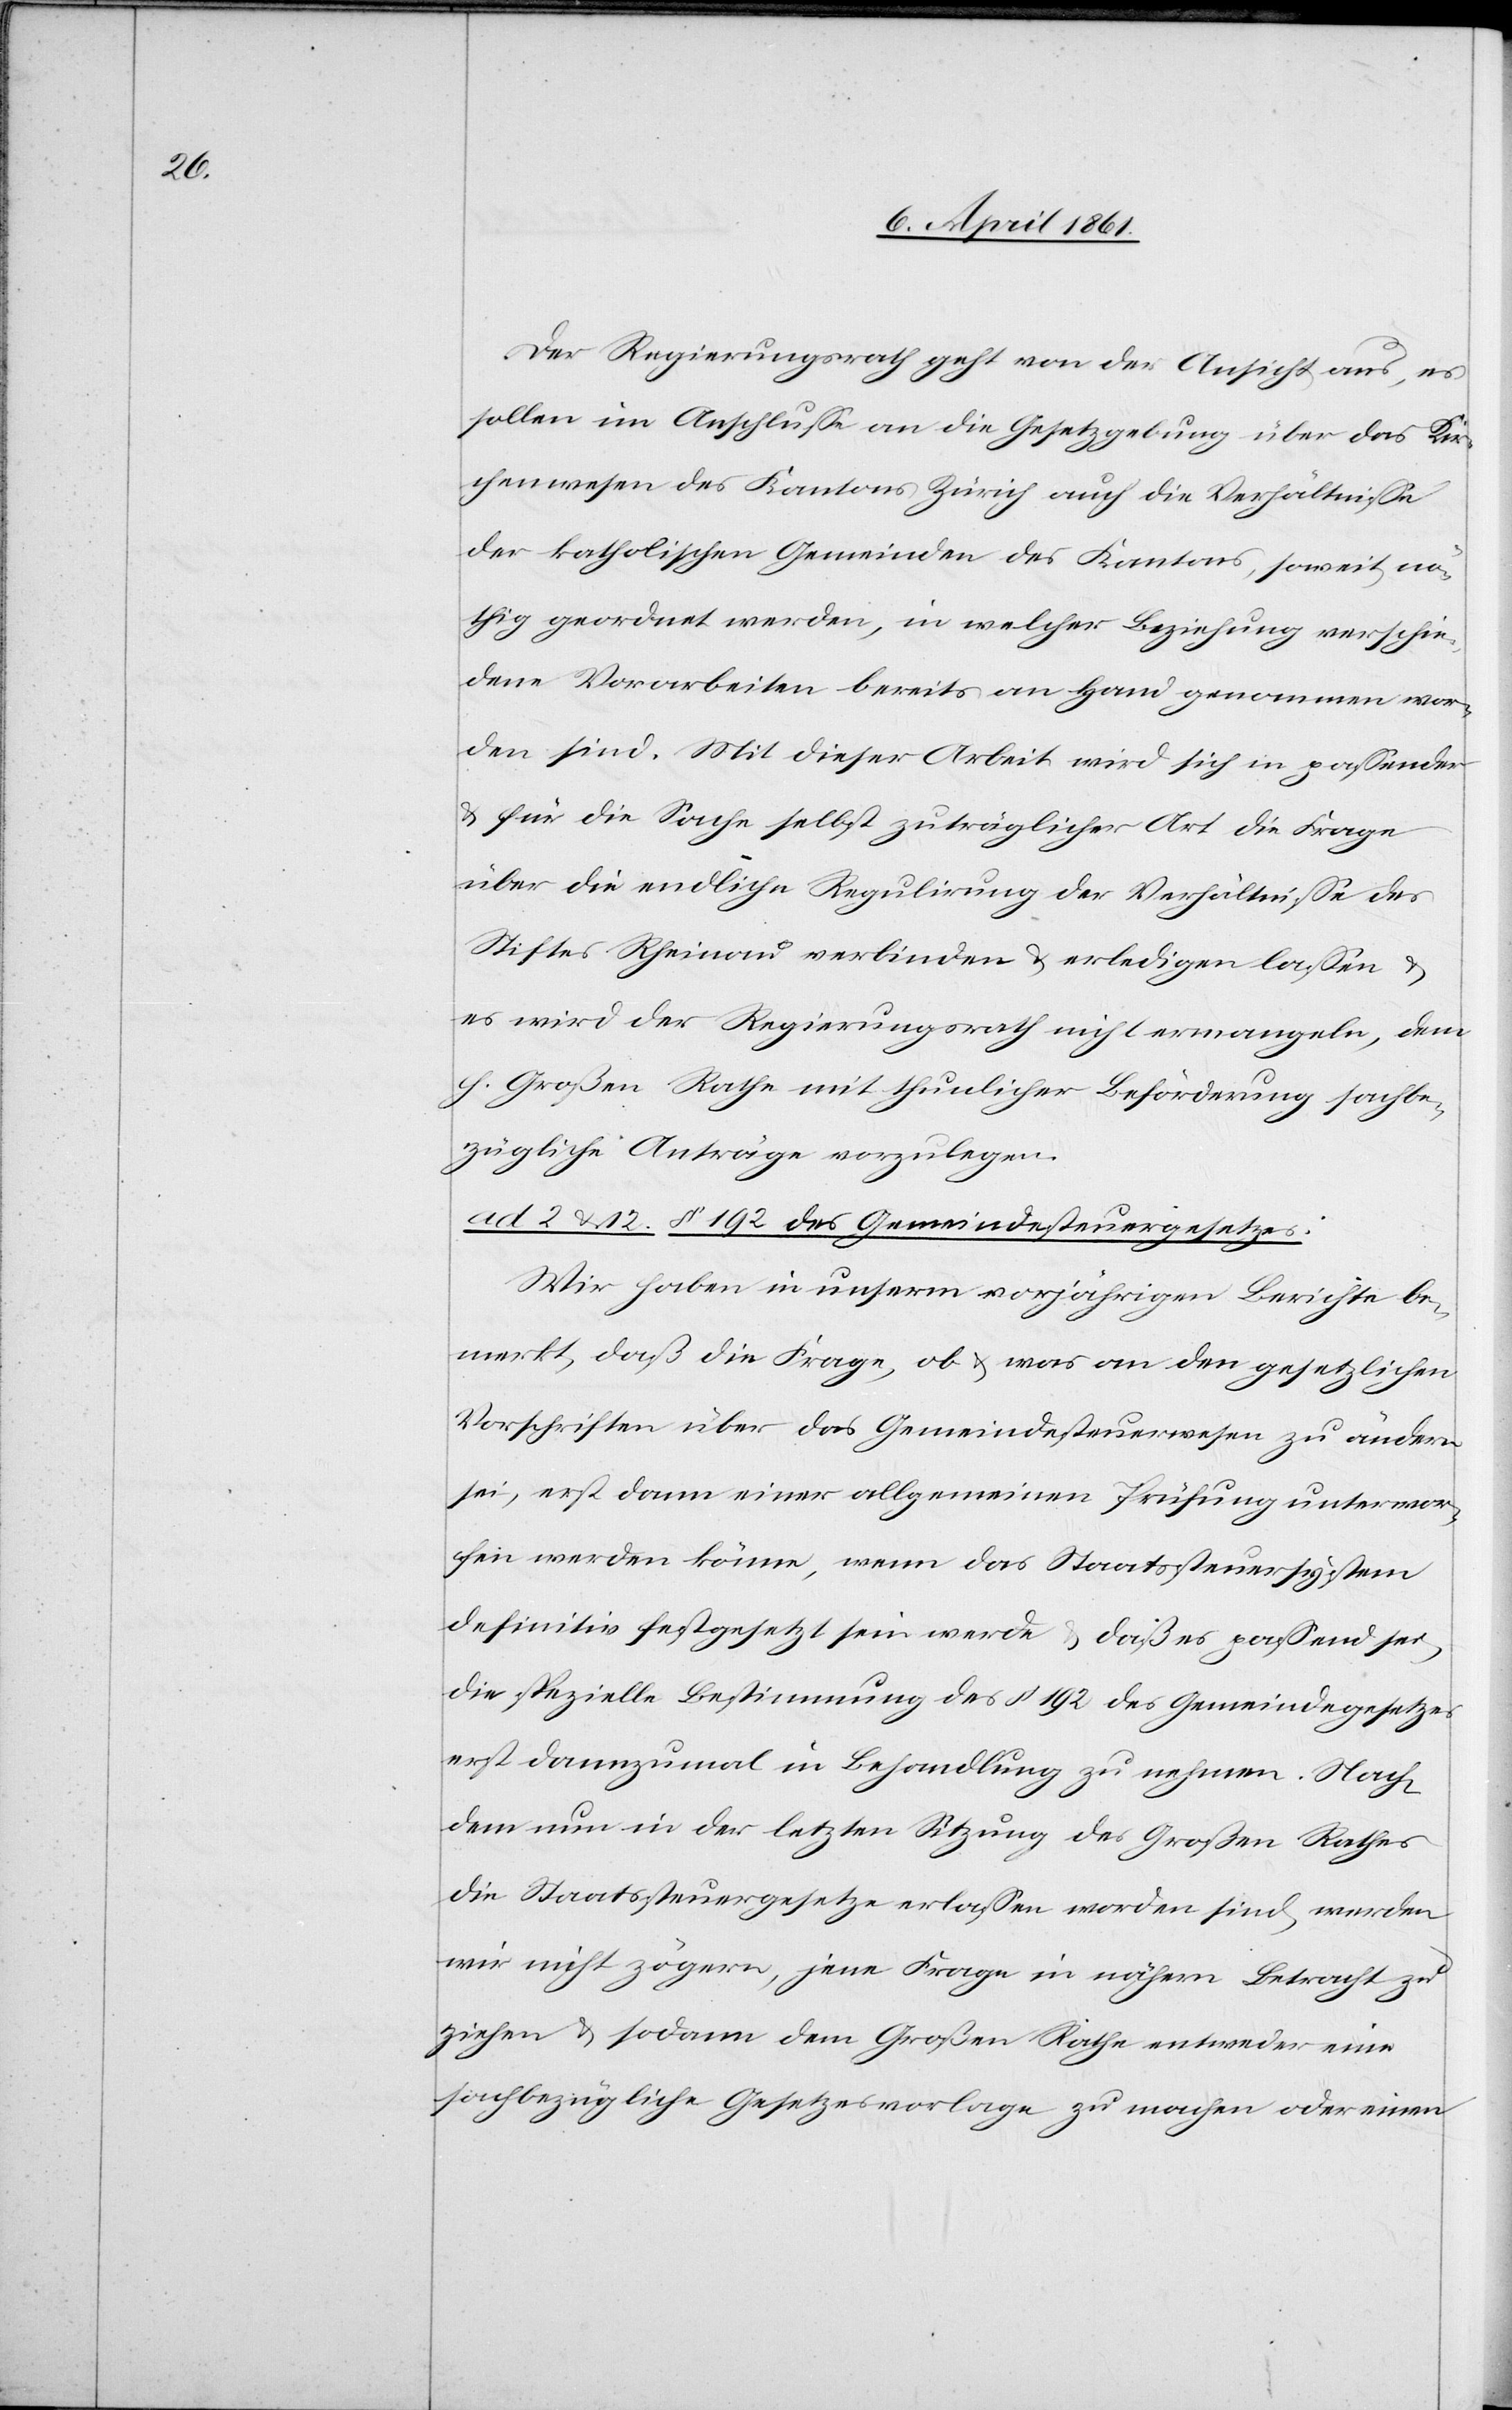
Der Regierungsrath geht von der Ansicht aus, es
sollen im Anschlusse an die Gesetzgebung über das Kir¬
chenwesen des Kantons Zürich auch die Verhältnisse
der katholischen Gemeinden des Kantons, soweit nö¬
thig geordnet werden, in welcher Beziehung verschie¬
dene Vorarbeiten bereits an Hand genommen wor¬
den sind. Mit dieser Arbeit wird sich in passender
u. für die Sache selbst zuträglicher Art die Frage
über die endliche Regulirung der Verhältnisse des
Stiftes Rheinau verbinden u. erledigen lassen u.
es wird der Regierungsrath nicht ermangeln, dem
h. Großen Rathe mit thunlicher Beförderung sachbe¬
zügliche Anträge vorzulegen.
ad 2 u. 12. § 192 des Gemeindesteuergesetzes:
Wir haben in unserm vorjährigen Berichte be¬
merkt, daß die Frage, ob u. was an den gesetzlichen
Vorschriften über das Gemeindesteuerwesen zu ändern
sei, erst dann einer allgemeinen Prüfung unterworfen
sein werden könne, wenn das Staatsteuersystem
definitiv festgesetzt sein wird u. daß es passend sei
die spezielle Bestimmung des § 192 des Gemeindegesetzes
erst dannzumal in Behandlung zu nehmen. Nach¬
dem nun in der letzten Sitzung des Großen Rathes
die Staatssteuergesetze erlassen worden sind, werden
wir nicht zögern, jene Frage in nähern Betracht zu
ziehen u. sodann dem Großen Rathe entweder eine
sachbezügliche Gesetzesvorlage zu machen oder einen